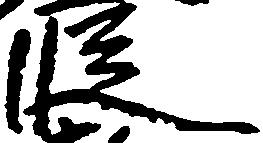
段